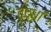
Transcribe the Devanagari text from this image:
वृद्धां